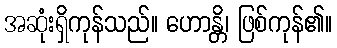
အဆုံးရှိကုန်သည်။ ဟောန္တိ၊ ဖြစ်ကုန်၏။